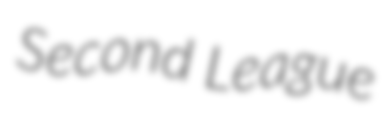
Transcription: Second League